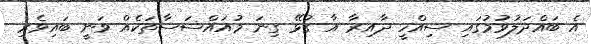
އެ ބައްދަލުވުމުގައި ސިއްހީ ދާއިރާ އާ ގުޅޭ ގިނަ މުއައްސަސާތަކެއް ވަނީ ބައިވެރި